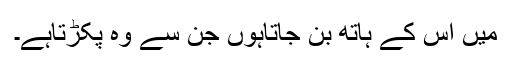
میں اس کے ہاتھ بن جاتاہوں جن سے وہ پکڑتاہے۔